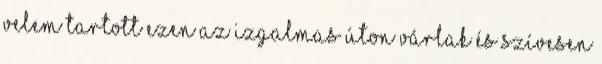
velem tartott ezen az izgalmas úton Várlak és Szívesen